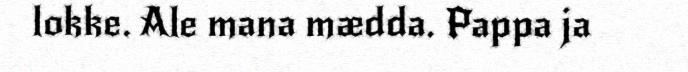
lokke. Ale mana mædda. Pappa ja